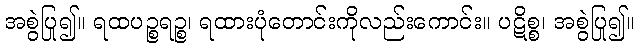
အစွဲပြု၍။ ရထပဉ္စရဉ္စ၊ ရထားပုံတောင်းကိုလည်းကောင်း။ ပဋိစ္စ၊ အစွဲပြု၍။